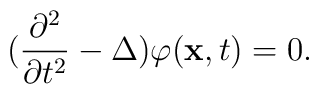
(\frac{\partial ^2}{\partial t^2}-\Delta)\varphi (\hbox {\bf x},t)=0.